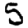
Digit: 5